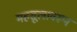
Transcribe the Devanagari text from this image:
महसूलावरून